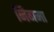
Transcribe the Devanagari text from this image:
निगमा